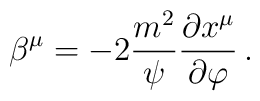
\beta^\mu= -2{m^2\over\psi}{\partial x^\mu\over\partial\varphi}\, .